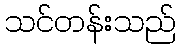
သင်တန်းသည်